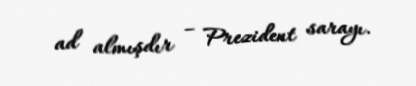
ad almışdır – Prezident sarayı.